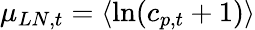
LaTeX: \mu_{LN,t}=\langle\ln(c_{p,t}+1)\rangle